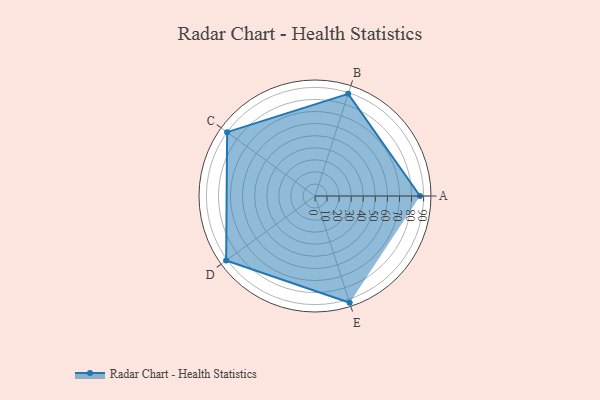
{"axis": {"x": "Skill", "y": "Score"}, "legend": ["Profile"], "data": [{"x": "A", "y": 87.0, "type": "Profile"}, {"x": "B", "y": 89.0, "type": "Profile"}, {"x": "C", "y": 90.0, "type": "Profile"}, {"x": "D", "y": 91.0, "type": "Profile"}, {"x": "E", "y": 93.0, "type": "Profile"}]}